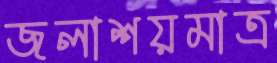
জলাশয়মাত্র